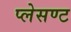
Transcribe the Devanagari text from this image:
प्लेसण्ट